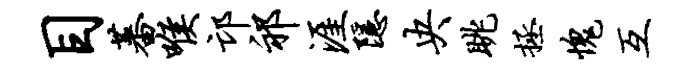
目蕃喉邙祁涯隐央眺拯愧互